画像に写った文字を読んでください
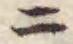
「ニ」と書いてあります